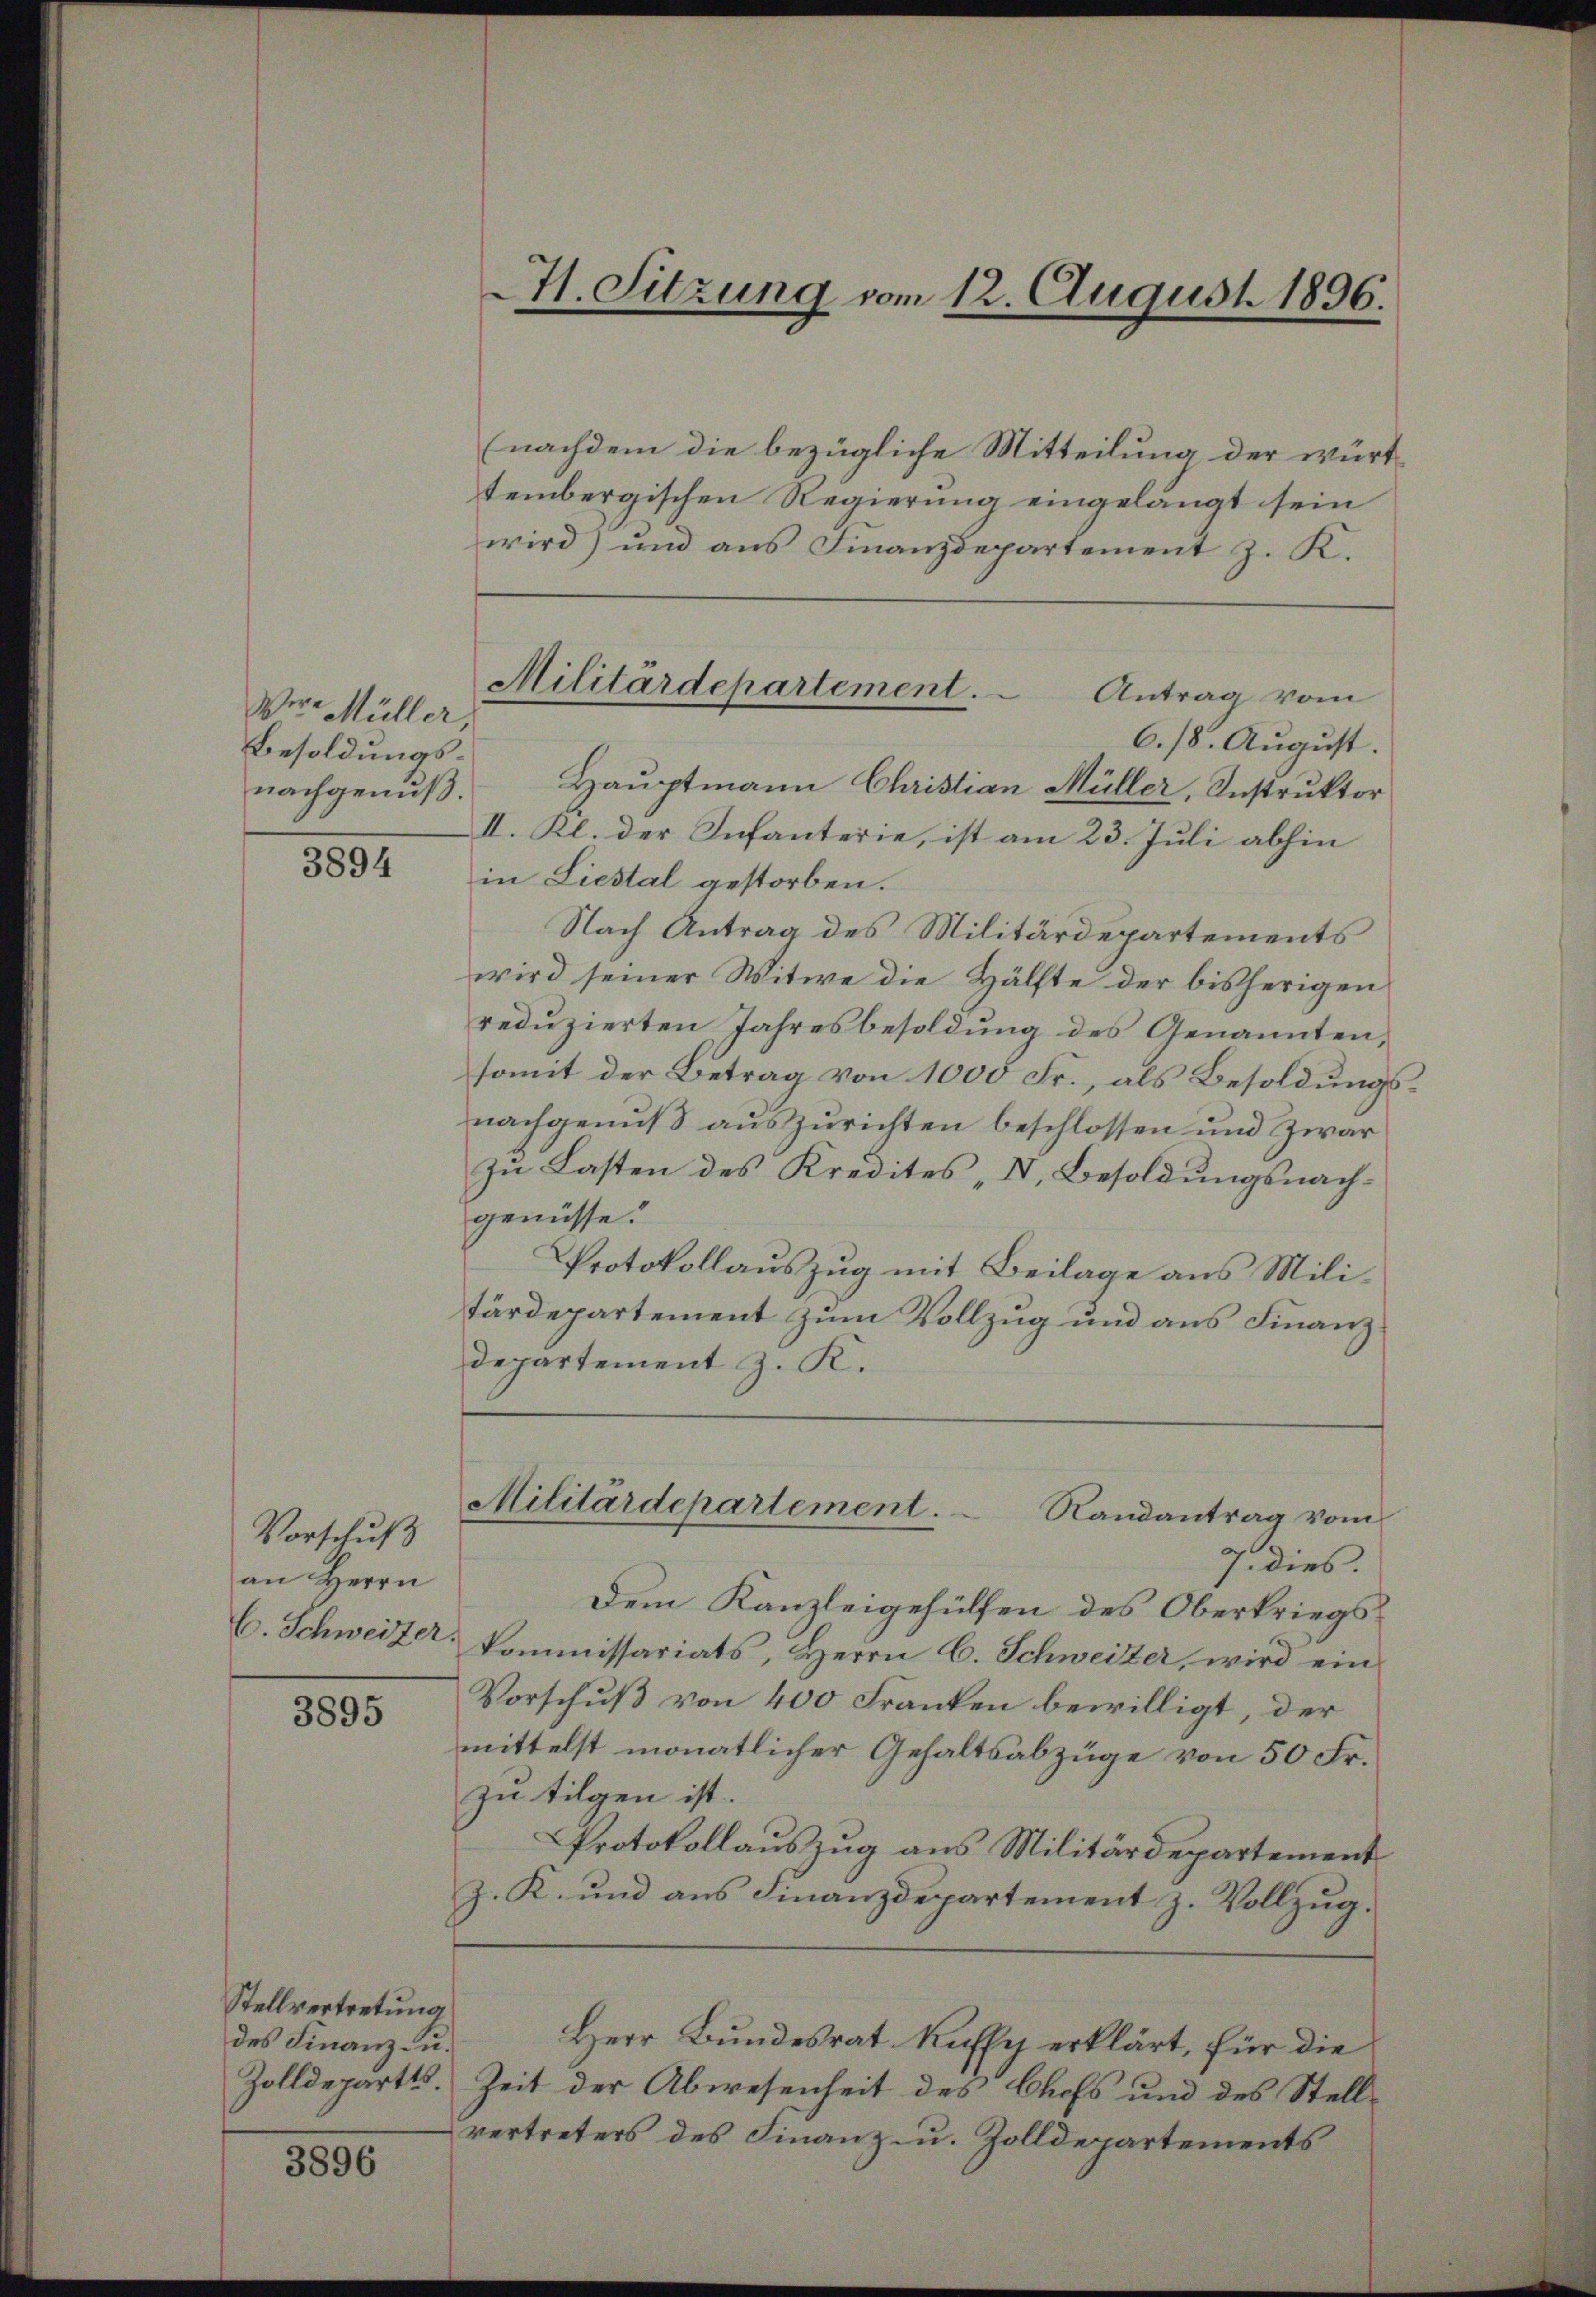
Wir- Müller.
Besoldungs¬

3894

Vorschuß
an Herrn
C. Schweizer

3895

Stellvertretung
des Finanz- u.
Zolldepart.

3896

nachdem die bezügliche Mitteilung der württembergischen Regierung eingelangt sein
wird) und aus Finanzdepartement z. K.
Antrag vom
6./8. August.
nachgenuß. Hauptmann Christian Müller, Instruktor
II. Kl. der Infanterie, ist am 23. Juli abhin
in Liestal gestorben.
Nach Antrag des Militärdepartements
wird seiner Witwe die Hälfte der bisherigen
reduzierten Jahresbesoldung des Genannten,
somit der Betrag von 1000 Fr., als Besoldungsnachgenuß auszurichten beschlossen und zwar
zu Lasten des Kredites, V. Besoldungsnachgenüsse.
Protokollauszug mit Beilage aus Militärdepartement zum Vollzug und aus Finanz¬
Departement z. K.
Militärdepartement.
Randantrag vom
7. dies
Dem Kanzleigehülfen des Oberkriegskommissariats, Herrn C. Schweizer, wird ein
Vorschuß von 400 Franken bewilligt, der
mittelst monatlicher Gehaltsabzüge von 50 Fr.
zu tilgen ist.
Protokollauszug aus Militärdepartement
z. K. und aus Finanzdepartement z. Vollzug.
Herr Bundesrat Kaffy erklärt, für die
Zeit der Abwesenheit des Chofs und des Stellvertreters des Finanz- u. Zolldepartements

H. Sitzung vom 12. August 1896.

Militärdepartement.